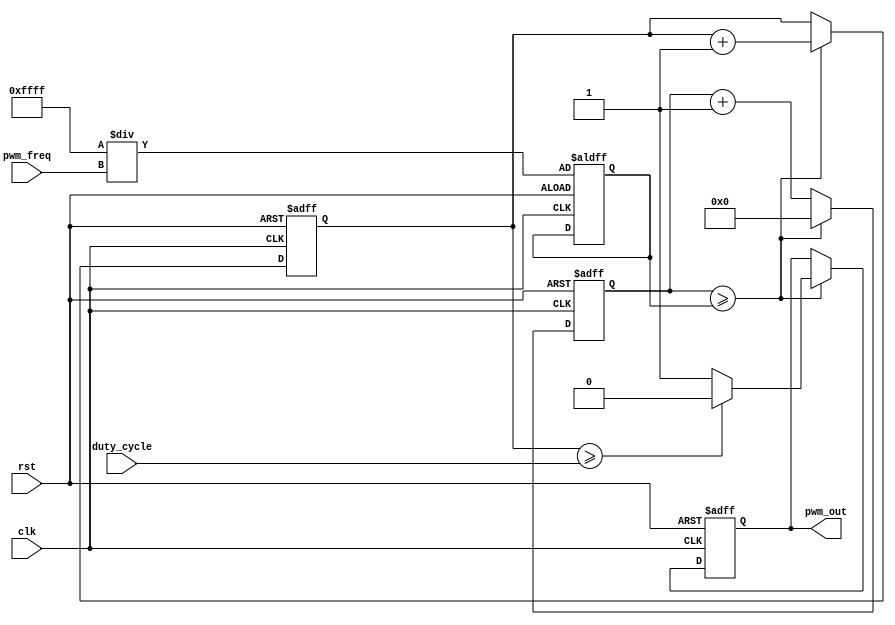
module PWM_Pulse_Generator (
    input wire clk,                   // System clock input
    input wire rst,                   // Reset input
    input wire [7:0] pwm_freq,        // PWM frequency input
    input wire [7:0] duty_cycle,      // Duty cycle input
    output reg pwm_out                // PWM output signal
);

reg [15:0] pwm_counter;               // Counter to track pulse width
reg [15:0] pwm_period;                // Period of PWM signal
reg [7:0] pwm_duty_cycle_count;       // Counter to control duty cycle
reg pwm_sync;                         // Synchronization signal

always @ (posedge clk or posedge rst) begin
    if (rst) begin
        pwm_counter <= 16'd0;
        pwm_period <= {16{1'b1}} / pwm_freq;
        pwm_duty_cycle_count <= 8'd0;
        pwm_out <= 1'b0;
    end else begin
        pwm_counter <= pwm_counter + 1;
        if (pwm_counter >= pwm_period) begin
            pwm_counter <= 16'd0;
            pwm_sync <= 1'b1;
            pwm_duty_cycle_count <= pwm_duty_cycle_count + 1;
            if (pwm_duty_cycle_count >= duty_cycle) begin
                pwm_out <= 1'b0;
            end else begin
                pwm_out <= 1'b1;
            end
        end else begin
            pwm_sync <= 1'b0;
        end
    end
end

endmodule